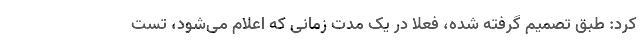
کرد: طبق تصمیم گرفته شده، فعلا در یک مدت زمانی که اعلام می‌شود، تست